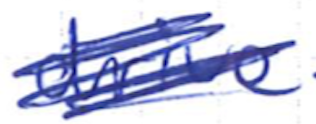
Text: drive
Cross-out: mix
Writing tool: ballpoint